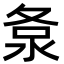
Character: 洜